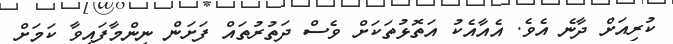
ކުރިއަށް ދާނެ އެވެ. އެއާއެކު އަތޮޅުތަކަށް ވެސް ދަތުރުތައް ފަށަން ނިންމާފައިވާ ކަމަށް